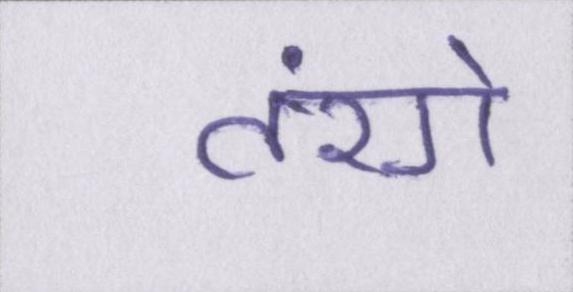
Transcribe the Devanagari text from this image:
तरंगे